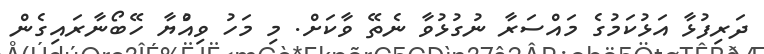
ދަރިފުޅާ އަޅުކަމުގެ މައްސަރާ ނުގުޅުވާ ނެތޭ ވާކަށް. މި މަހު ވިއްުޔާ ހޭބޯނާރައިގެން